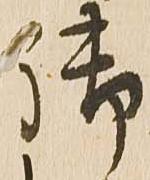
御